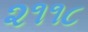
૨૧૧૮